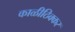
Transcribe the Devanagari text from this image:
काळीठिक्कर